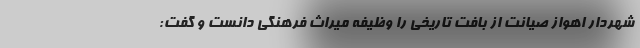
شهردار اهواز صیانت از بافت تاریخی را وظیفه میراث فرهنگی دانست و گفت: